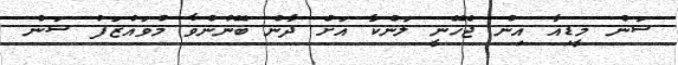
ސަން މީޑިއާ އިން ޖެހޭނީ ލަންކާ އަށް ދާން ބޭނުންވާ މުވައްޒަފު ސަން